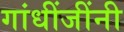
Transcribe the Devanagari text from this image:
गांधींजींनी